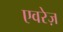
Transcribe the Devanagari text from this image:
एवरेज़